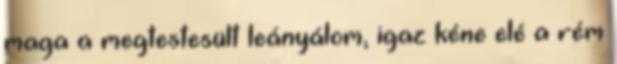
maga a megtestesült leányálom, igaz kéne elé a rém